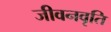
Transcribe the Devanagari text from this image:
जीवनवृति